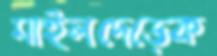
মাইলদেড়েক